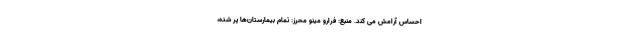
احساس آرامش می کند. منبع: فرارو مینو محرز: تمام بیمارستان‌ها پر شده،